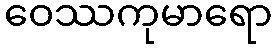
ဝေဿကုမာရော